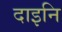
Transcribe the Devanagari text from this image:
दाइनि